Annual administration report of the Civil Veterinary Department, Sind - 1942-1943
Year: 1942
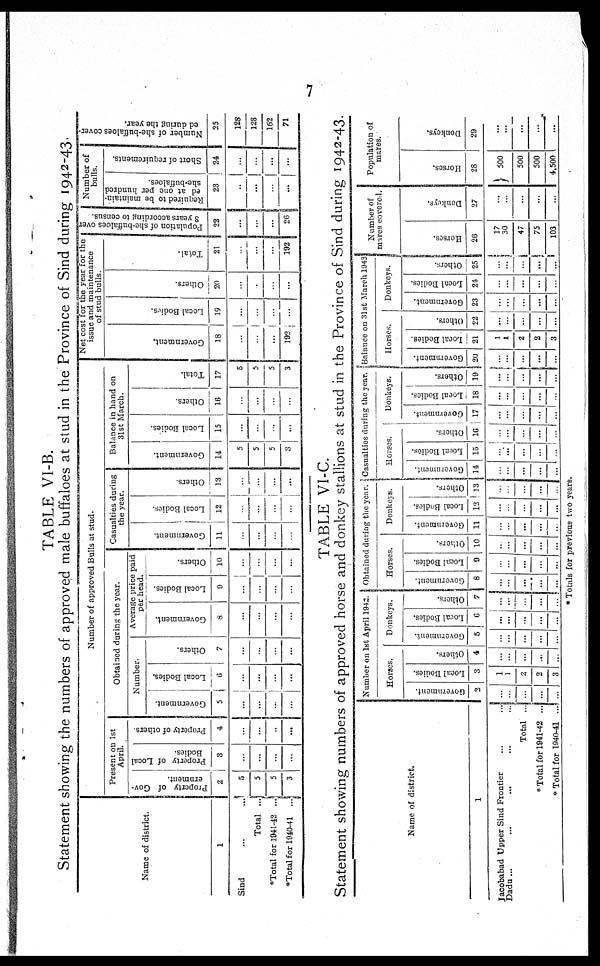
7
TABLE VI-B.
Statement showing the numbers of approved male buffaloes at stud in the Province of Sind during 1942-43
Name of district.
1
Sind ... ...
Total ...
Total for 1941-42 ...
*Total for 1940-41 ...
Number of approved Bulls at stud.
Present on 1st
April.
Property of Gov-
ernment.
2
5
5
5
3
Property of Local
Bodies.
3
...
...
...
...
Property of others.
4
...
...
..
...
Obtained during the year.
Number.
Government.
5
...
...
...
...
Local Bodies.
6
...
...
...
Others.
7
...
...
...
...
Average price paid
per head.
Government.
8
...
...
...
...
Local Bodies.
9
...
...
...
...
Others.
10
...
...
...
...
Casualties during
the year.
Go v e r
n me n t.
11
...
...
...
...
Local Bodies.
12
...
...
...
...
Others.
13
...
...
...
...
Balance in hand on
31st March.
Go v e r
n me n t.
14
5
5
5
3
Local Bodies
15
...
...
...
...
Others.
16
...
...
...
...
Tot al .
17
5
5
5
3
Net cost for the year for the
issue and maintenance
of stud bulls.
Gove r
nme nt.
18
...
...
...
192
Local Bodi es .
19
...
...
...
...
Ot her s .
20
...
...
...
...
Tot al .
21
...
...
...
192
Popul a t
i
on of s h e - b u f f a l o e s over
3 year s a c c o r d i n g to cens us .
22
...
...
...
26
Number of
bulls.
Required to be maintain-
ed at one per hundred
she-buffaloes.
23
...
...
...
...
Short of requirements.
24
...
...
...
...
Nu mb e r of she-buffaloes cover-
ed dur i
ng the year .
25
128
128
162
71
TABLE VI-C.
Statement showing numbers of approved horse and donkey stallions at stud in the Province of Sind during 1942-43.
Name of district.
1
Jacobabad Upper Sind Frontier
...
...
Dadu ...
...
...
...
...
Total ...
* Total for 1941-42 ...
* Total for 1940-41 ...
Number on 1st April 1943.
Horses.
Government.
2
...
...
...
...
...
Local Bodies.
3
1
1
2
2
3
Others.
4
...
...
...
...
...
Donkeys.
Government.
5
...
...
...
...
...
Local Bodies.
6
...
...
...
...
...
Others.
7
...
...
...
...
...
Obtained during the year.
Horses.
Government.
8
...
...
...
...
...
Local Bodies.
9
...
...
...
...
...
Others.
10
...
...
...
...
...
Donkeys.
Government.
11
...
...
...
...
...
Local Bodies.
12
...
...
...
...
...
Others.
13
...
...
...
...
...
Casualties during the year.
Horses.
Government.
14
...
...
...
...
...
Local Bodies.
15
...
...
...
...
...
Others.
16
...
...
...
...
...
Donkeys.
Government.
17
...
...
...
...
...
Local Bodies.
18
...
...
...
...
...
Others.
19
...
...
...
...
...
Balance on 31st March 1943
Horses.
Government.
20
...
...
...
...
...
Local Bodies.
21
1
1
2
2
3
Others.
22
...
...
...
...
...
Donkeys.
Government.
23
...
...
...
...
...
Local Bodies.
24
...
...
...
...
...
Others.
25
...
...
...
...
...
Number of
mares covered.
Horses.
26
17
30
47
75
103
Donkeys.
27
...
...
...
...
...
Population of
mares.
Horses.
28
500
500
500
4,500
Donkeys.
29
...
...
...
...
...
* Totals for previous two years.